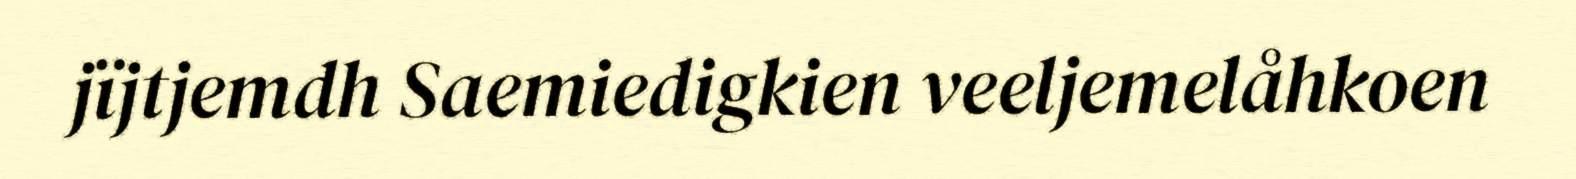
jïjtjemdh Saemiedigkien veeljemelåhkoen